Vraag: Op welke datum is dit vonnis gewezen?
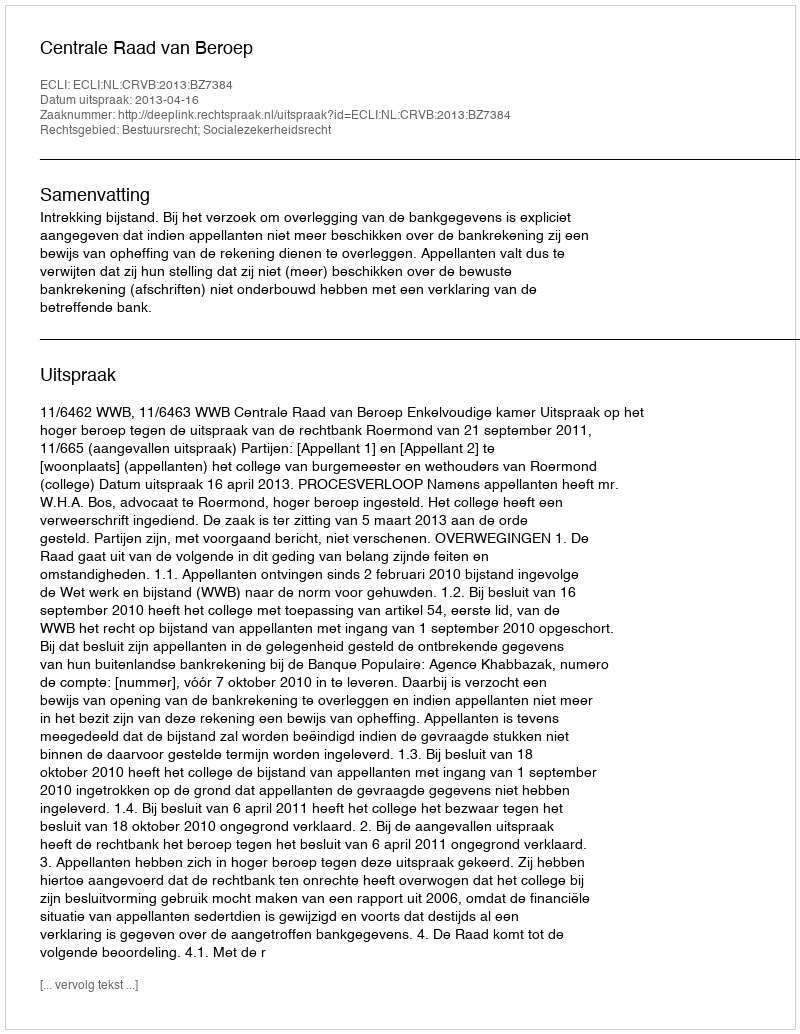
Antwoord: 2013-04-16